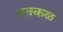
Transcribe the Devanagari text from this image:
सक्‍कळ